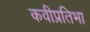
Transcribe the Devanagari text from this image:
कवीप्रतिभा